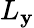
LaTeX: L_{\mathbf{y}}